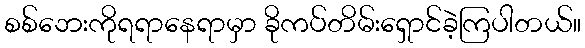
စစ်ဘေးကိုရရာနေရာမှာ ခိုကပ်တိမ်းရှောင်ခဲ့ကြပါတယ်။